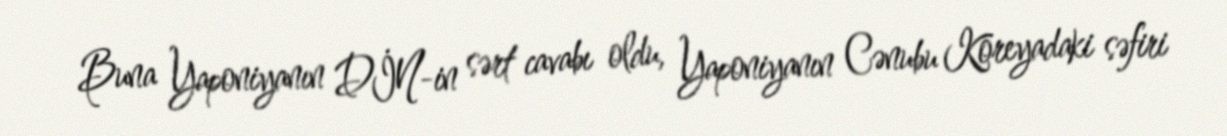
Buna Yaponiyanın DİN-in sərt cavabı oldu, Yaponiyanın Cənubu Koreyadaki səfiri